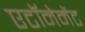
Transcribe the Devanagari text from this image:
एटॉनेमेंट